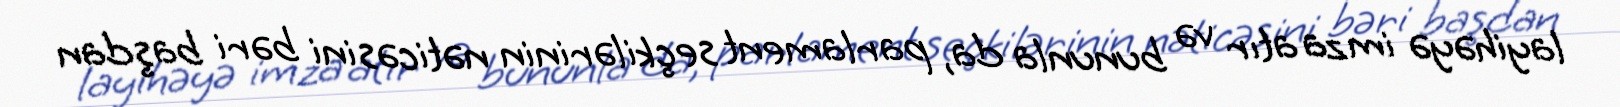
layihəyə imza atır və bununla da, parlament seçkilərinin nəticəsini bəri başdan